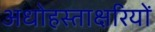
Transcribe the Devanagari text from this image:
अधोहस्ताक्षरियों